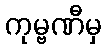
ကုမ္ဗဏီမှ